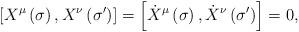
LaTeX: \begin{align*}\left[X^\mu\left( \sigma\right) , X^\nu\left(\sigma^\prime\right)\right] =\left[\dot{X}^\mu\left( \sigma\right) , \dot{X}^\nu\left(\sigma^\prime\right)\right] = 0,\end{align*}